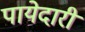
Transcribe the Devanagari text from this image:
पायेदारी